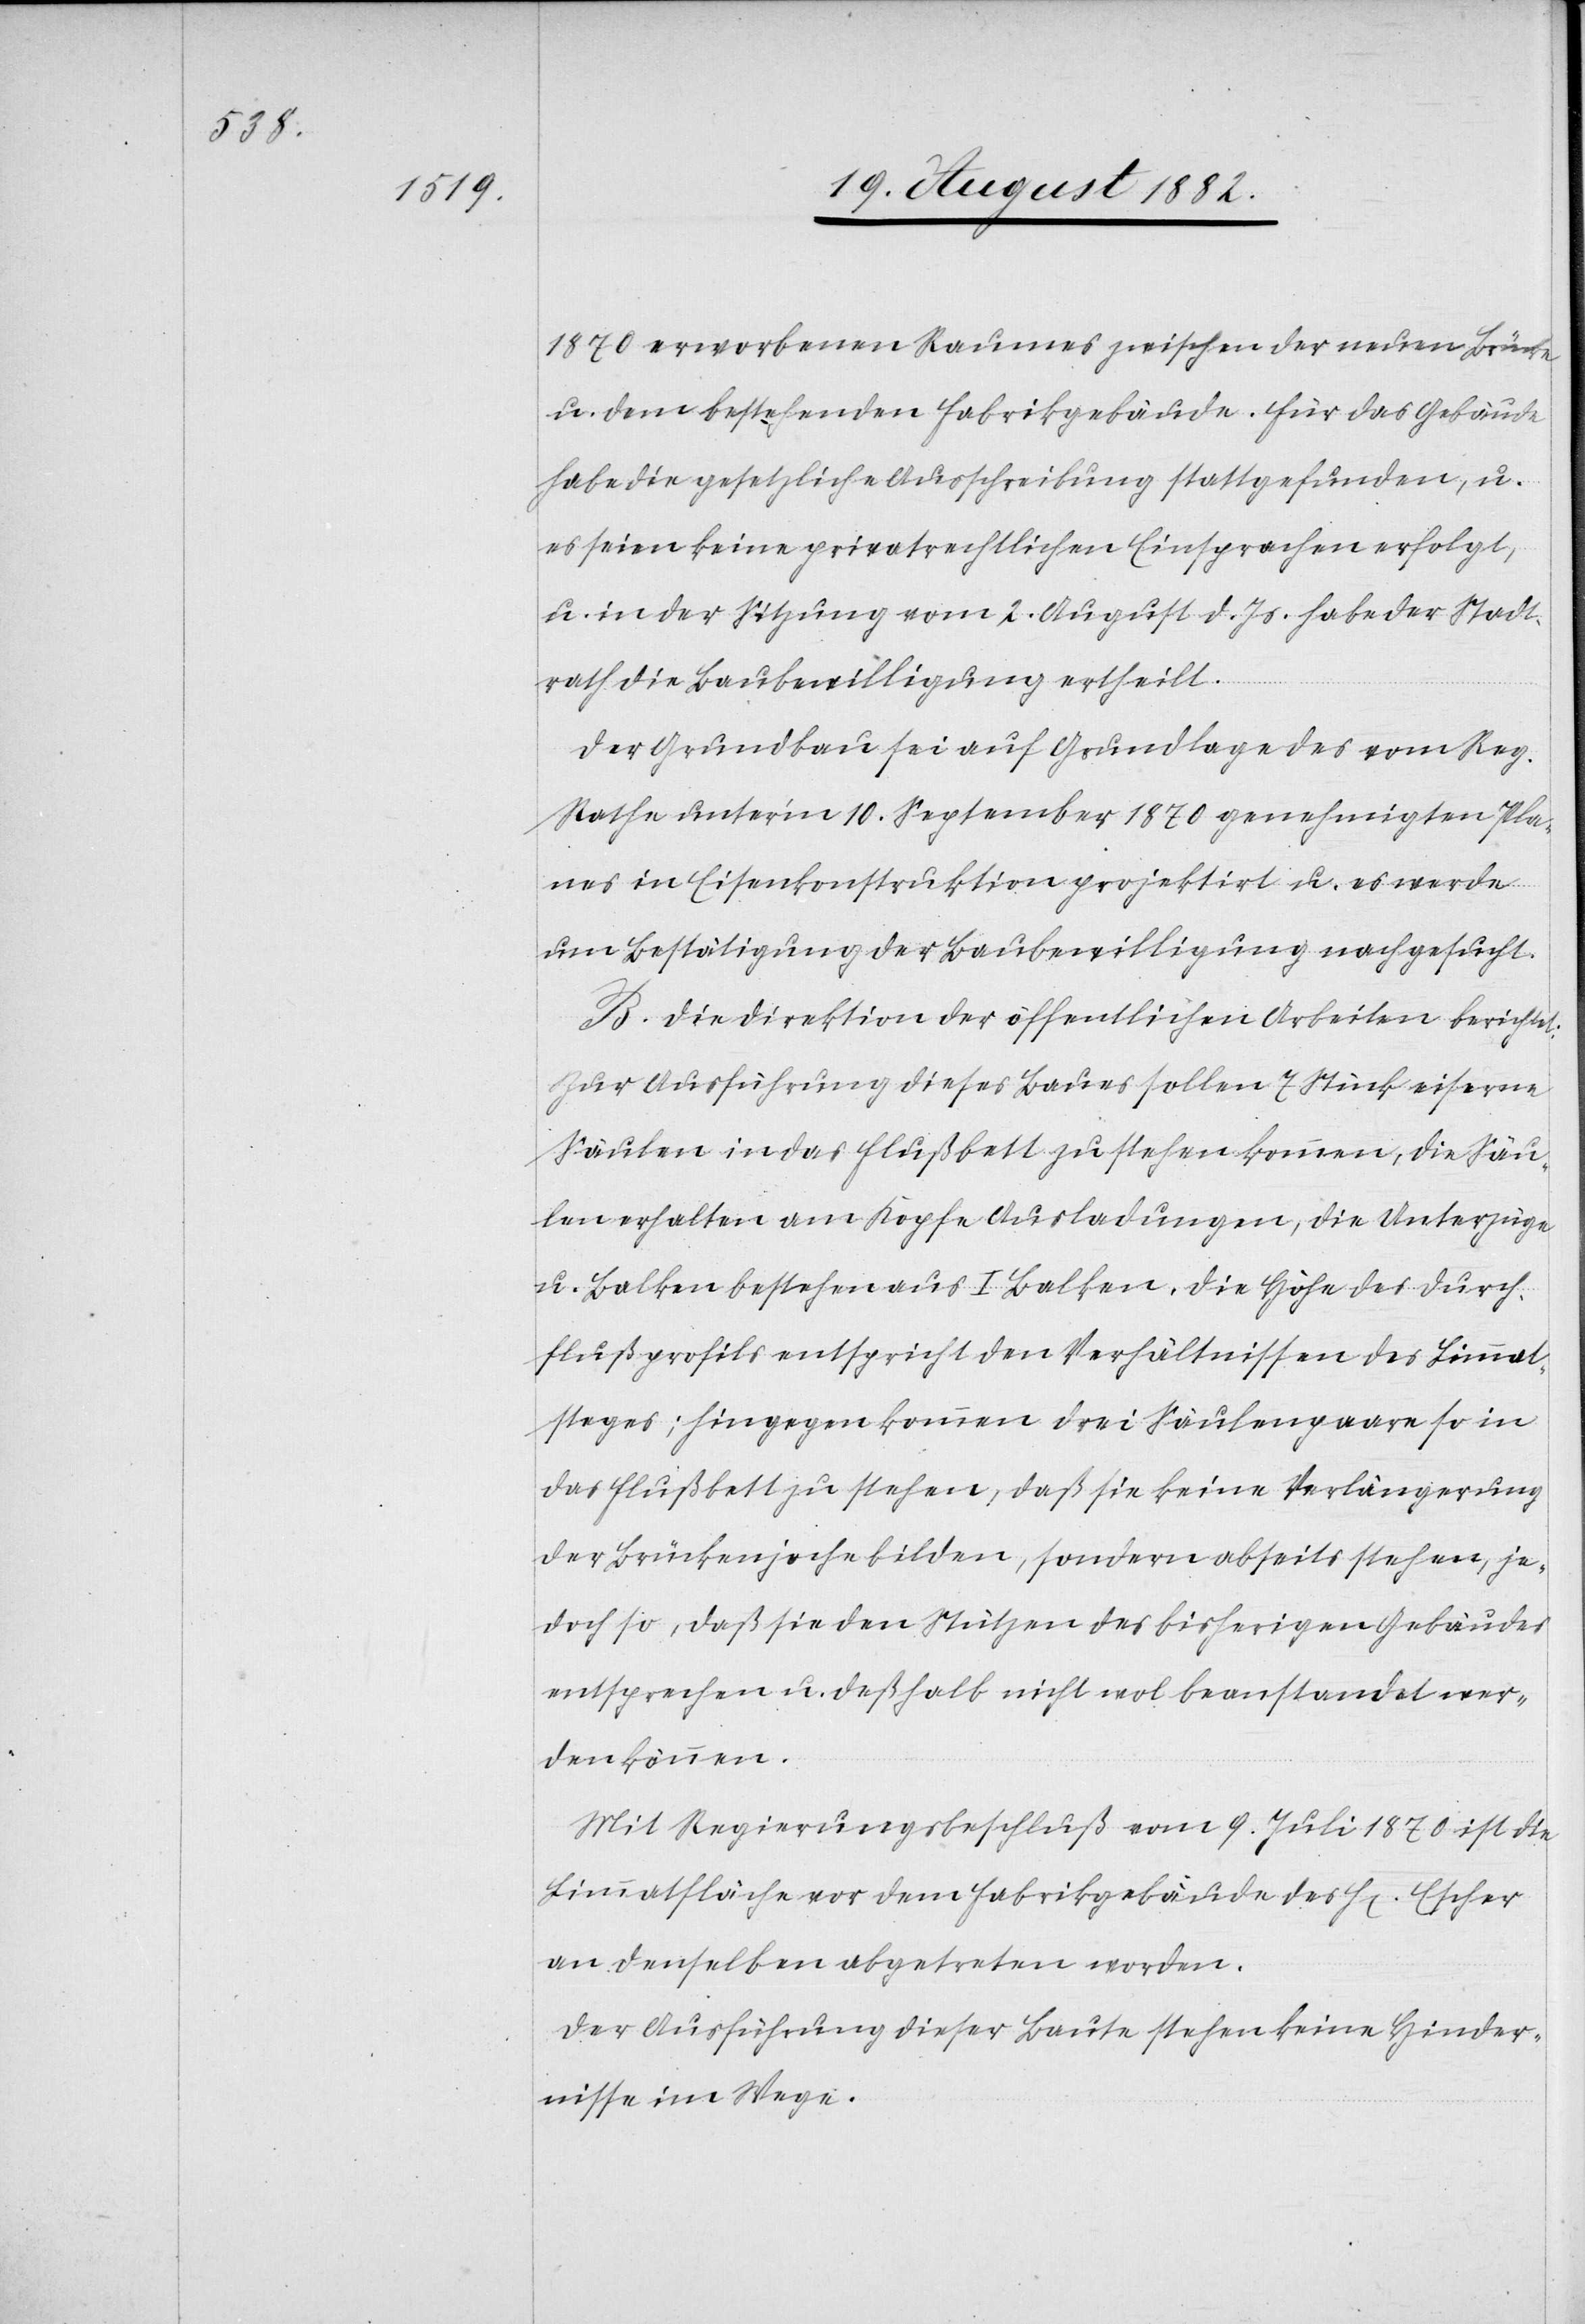
1879 erworbenen Raumes zwischen der neuen Brücke
u. dem bestehenden Fabrikgebäude. Für das Gebäude
habe die gesetzliche Ausschreibung stattgefunden, u.
es seien keine privatrechtlichen Einsprachen erfolgt,
u. in der Sitzung vom 2. August d. Js. habe der Stadt¬
rath die Baubewilligung ertheilt.
Der Grundbau sei auf Grundlage des vom Reg.
Rathe unter’m 10. September 1870 genehmigten Pla¬
nes in Eisenkonstruktion projektirt u. es werde
um Bestätigung der Baubewilligung nachgesucht.
B. Die Direktion der öffentlichen Arbeiten berichtet:
Zur Ausführung dieses Baues sollen 7 Stück eiserne
Säulen in das Flußbett zu stehen kommen, die Säu¬
len erhalten am Kopfe Ausladungen, die Unterzüge
u. Balken bestehen aus I Balken, die Höhe des Durch¬
flußprofils entspricht den Verhältnissen des Limmat¬
steges; hingegen kommen drei Säulenpaare so in
das Flußbett zu stehen, daß sie keine Verlängerung
der Brückenjoche bilden, sondern abseits stehen, je¬
doch so, daß sie den Stützen des bisherigen Gebäudes
entsprechen u. deßhalb nicht wol beanstandet wer¬
den können.
Mit Regierungsbeschluß vom 9. Juli 1870 ist die
Limmatfläche vor dem Fabrikgebäude des H[erren] Escher
an denselben abgetreten worden.
Der Ausführung dieser Baute stehen keine Hinder¬
nisse im Wege.